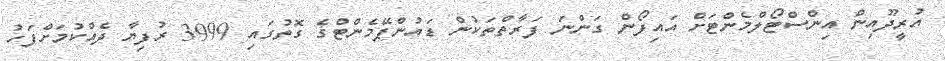
އުރީދޫއިން އިންސްޓޯލްމެންޓަށް އައިފޯން ގަންނަ ފަރާތްތަކުން ޑައުންޕޭމެންޓްގެ ގޮތުގައި 3999 ރުފިޔާ ދެއްކުމަށްފަހު